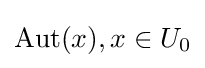
\operatorname {Aut} (x),x\in U_{0}